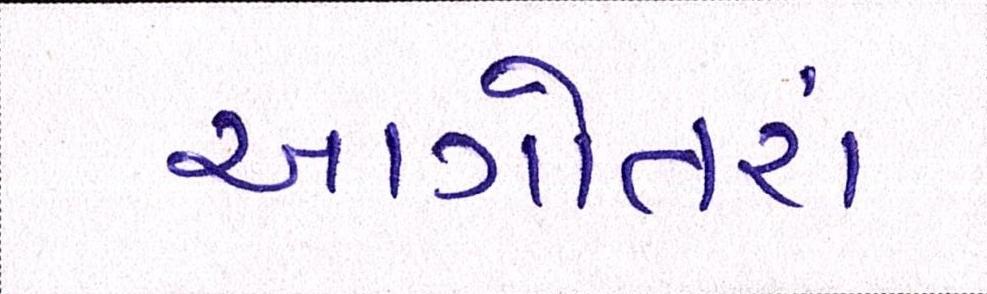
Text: આગોતરાં